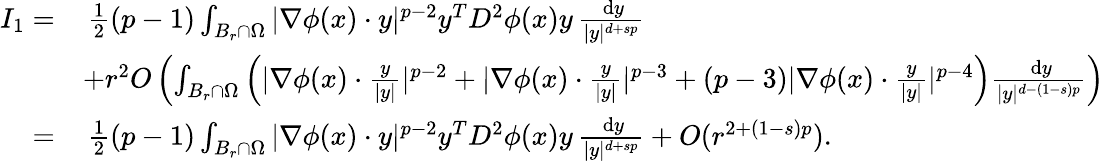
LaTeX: \begin{array}{rl}{I_{1}=}&{\, \frac{1}{2}(p-1)\int_{B_{r}\cap\Omega}|\nabla\phi(x)\cdot y|^{p-2}y^{T}D^{2}\phi(x)y\, \frac{\, \mathrm{d}y}{|y|^{d+sp}}}\\ &{+r^{2}O\left(\int_{B_{r}\cap\Omega}\left(|\nabla\phi(x)\cdot\frac{y}{|y|}|^{p-2}+|\nabla\phi(x)\cdot\frac{y}{|y|}|^{p-3}+(p-3)|\nabla\phi(x)\cdot\frac{y}{|y|}|^{p-4}\right)\frac{\, \mathrm{d}y}{|y|^{d-(1-s)p}}\right)}\\ {=}&{\, \frac{1}{2}(p-1)\int_{B_{r}\cap\Omega}|\nabla\phi(x)\cdot y|^{p-2}y^{T}D^{2}\phi(x)y\, \frac{\, \mathrm{d}y}{|y|^{d+sp}}+O(r^{2+(1-s)p}).}\end{array}